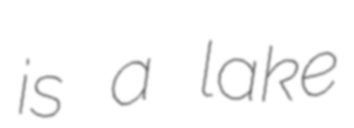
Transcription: is a lake